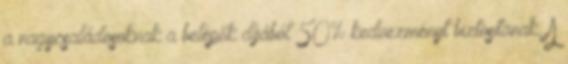
a nagycsaládosoknak a belépők díjából 50% kedvezményt biztosítanak. A